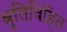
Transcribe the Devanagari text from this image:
श्रुतिविहित